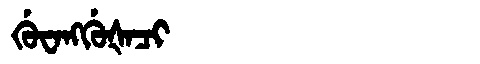
Manchu: ᡤᡠᠸᠠᠩᡤᡠᡧᠠᠴᡳ
Romanization: GUWANGGUŠACI